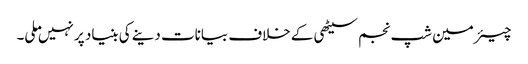
چیئرمین شپ نجم سیٹھی کے خلاف بیانات دینے کی بنیاد پر نہیں ملی۔